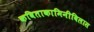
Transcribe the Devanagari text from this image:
कविताकामिनीविलास